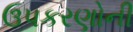
ઉપકરણોની